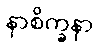
နာစိက္ခနာ